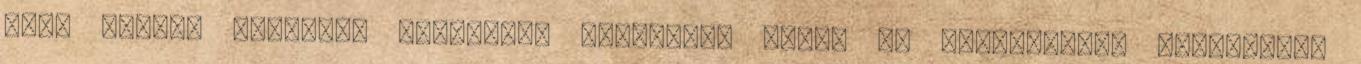
volt csupán eltolni. E-mailben elküldtem neked az átidőzített fordítást.